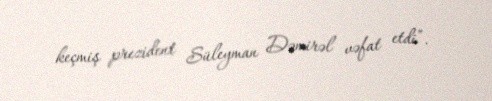
keçmiş prezident Süleyman Dəmirəl vəfat etdi”.